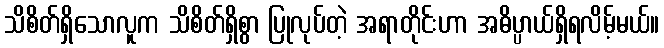
သိစိတ်ရှိသောလူက သိစိတ်ရှိစွာ ပြုလုပ်တဲ့ အရာတိုင်းဟာ အဓိပ္ပာယ်ရှိရလိမ့်မယ်။